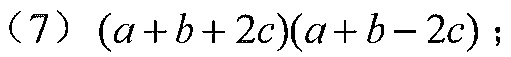
（7）\((a + b + 2c)(a + b - 2c)\)；